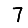
Digit: 7